Report on vaccination in Madras 1877-1894 - 1877-1894
Year: 1877
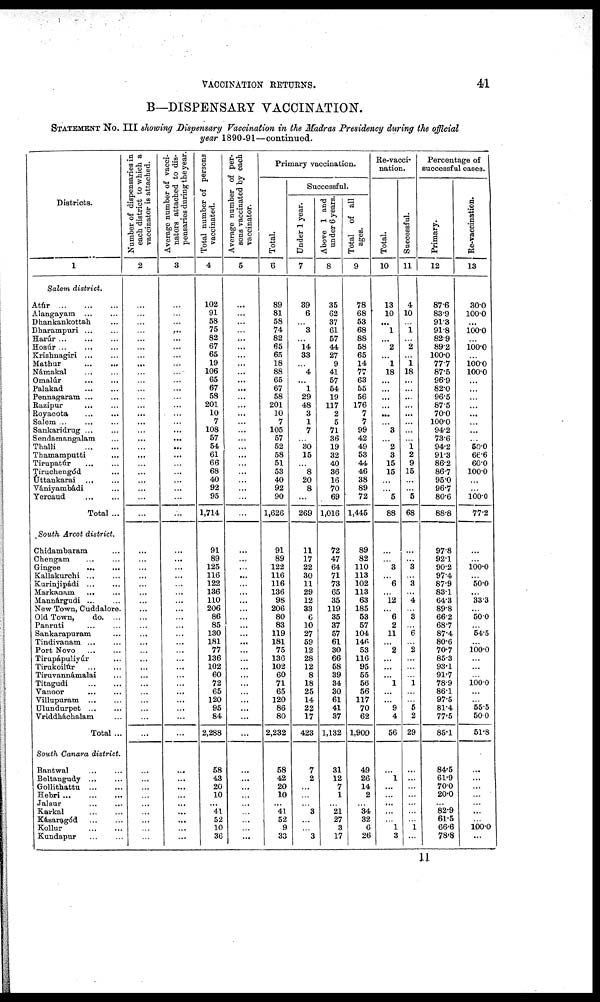
VACCINATION RETURNS.
41
B—DISPENSARY VACCINATION.
STATEMENT NO.III showing Dispensary Vaccination in the Madras Presidency during the official
year 1890-91—continued.
Districts.
1
Salem district.
Atúr
...
...
...
Alangayam ... ...
Dhankankottah ...
Dharampuri
...
...
Harúr
...
...
...
Hosúr
...
...
...
Krishnagiri ... ...
Mathur
...
...
Námakal ... ...
Omalúr
...
...
Palakad
...
...
Pennagaram
...
...
Razipur ... ...
Royacota
...
...
Salem
...
...
...
Sankaridrug ... ...
Sendamangalam ...
Thalli
...
...
Thamamputti ...
Tirupatúr
...
...
Tiruchengód ...
Uttankarai ... ...
Vániyambádi ...
Yercaud
...
...
Total ...
South Arcot district.
Chidambaram ...
Chengam ... ...
Gingee
...
...
Kallakurchi
...
...
Kurinjipádi
...
...
Markaaam
... ...
Mannárgudi
...
...
New Town, Cuddalore.
Old Town,
do. ...
Panruti ... ...
Sankarapuram ...
Tindivanam ... ...
Port Novo
...
...
Tirupápuliyúr ...
Tirukoilúr ... ...
Tirnvannámalai ...
Titagudi
...
...
Vanoor
...
...
Villupuram
...
...
Ulundnrpet
...
...
Vriddháchalam ...
Total ...
South Canara district.
Bantwal
...
...
Beltangudy ... ...
Gollithattu
...
...
Hebri
...
...
...
Jalsur
...
...
Karkal
...
...
Kásaragód
...
...
Kollur
...
...
Kundapur
...
...
Number of dispensaries in
each district to which a
vaccinator is attached.
2
...
...
...
...
...
...
...
...
...
...
...
...
...
...
...
...
...
...
...
...
...
...
...
...
...
...
...
...
...
...
...
...
...
...
...
...
...
...
...
...
...
...
...
...
...
...
...
...
...
...
...
...
...
...
...
...
Average number of vacci-
nators attached to dis-
pensaries during the year.
3
...
...
...
...
...
...
...
...
...
...
...
...
...
...
...
...
...
...
...
...
...
...
...
...
...
...
...
...
...
...
...
...
...
...
...
...
...
...
...
...
...
...
...
...
...
...
...
...
...
...
...
...
...
...
...
...
Total number of persons
vaccinated.
4
102
91
58
75
82
67
65
19
106
65
67
58
201
10
7
108
57
54
61
66
68
40
92
95
1,714
91
89
125
116
122
136
110
206
86
85
130
181
77
136
102
60
72
65
120
95
84
2,288
58
43
20
10
...
41
52
10
36
Average number of per-
sons vaccinated by each
vaccinator.
5
...
...
...
...
...
...
...
...
...
...
...
...
...
...
...
...
...
...
...
...
...
...
...
...
...
...
...
...
...
...
...
...
...
...
...
...
...
...
...
...
...
...
...
...
...
...
...
...
...
...
...
...
...
...
...
...
Primary vaccination.
Total.
6
89
81
58
74
82
65
65
18
88
65
67
58
201
10
7
105
57
52
58
51
53
40
92
90
1,626
91
89
122
116
116
136
98
206
80
83
119
181
75
136
102
60
71
65
120
86
80
2,232
58
42
20
10
...
41
52
9
33
Successful.
Under 1 year.
7
39
6
...
3
...
14
33
...
4
...
1
29
48
3
1
7
...
30
15
...
8
20
8
...
269
11
17
22
30
11
29
12
33
6
10
27
59
12
28
12
8
18
25
14
22
17
423
7
2
...
...
...
3
...
...
3
Above 1 and
under 6 years.
8
35
62
37
61
57
44
27
9
41
57
54
19
117
2
5
71
36
19
32
40
36
16
70
69
1,016
72
47
64
71
73
65
35
119
35
37
57
61
30
66
58
39
34
30
61
41
37
1,132
31
12
7
1
...
21
27
3
17
Total of all
ages.
9
78
68
53
68
88
58
65
14
77
63
55
56
176
7
7
99
42
49
53
44
46
38
89
72
1,445
89
82
110
113
102
113
63
185
53
57
104
146
53
116
95
55
56
56
117
70
62
1,900
49
26
14
2
...
34
32
6
26
Re-vacci-
nation.
Total.
10
13
10
...
1
...
2
...
1
18
...
...
...
...
...
...
3
...
2
3
15
15
...
...
5
88
...
...
3
...
6
...
12
...
6
2
11
...
2
...
...
...
1
...
...
9
4
56
...
1
...
...
...
...
...
1
3
Successful.
11
4
10
...
1
...
2
...
1
18
...
...
...
...
...
...
...
...
1
2
9
15
...
...
5
68
...
...
3
...
3
...
4
...
3
...
6
...
2
...
...
...
1
...
...
5
2
29
...
...
...
...
...
...
...
1
...
Percentage of
successful cases.
Primary.
12
87.6
83.9
91.3
91.8
82.9
89.2
100.0
77.7
87.5
96.9
82.0
96.5
87.5
70.0
100.0
94.2
73.6
94.2
91.3
86.2
86.7
95.0
96.7
80.6
88.8
97.8
92.1
90.2
97.4
87.9
83.1
64.3
89.8
66.2
68.7
87.4
80.6
70.7
85.3
93.1
91.7
78.9
86.1
97.5
81.4
77.5
85.1
84.5
61.9
70.0
20.0
...
82.9
61.5
66.6
78.8
Re-vaccination.
13
30.0
100.0
...
100.0
...
100.0
...
100.0
100.0
...
...
...
...
...
...
...
...
50.0
66.6
60.0
100.0
...
...
100.0
77.2
...
...
100.0
...
50.0
...
33.3
...
50.0
...
54.5
...
100.0
...
...
...
100.0
...
...
55.5
50.0
51.8
...
...
...
...
...
...
...
100.0 ...
11